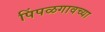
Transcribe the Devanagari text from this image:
पिंपळगावच्या